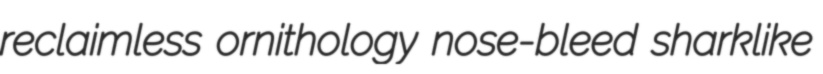
reclaimless ornithology nose-bleed sharklike